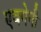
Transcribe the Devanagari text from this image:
एवगेनी